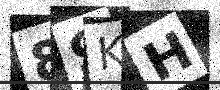
Text: 89KH